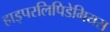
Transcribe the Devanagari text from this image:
हाइपरलिपिडेमियस